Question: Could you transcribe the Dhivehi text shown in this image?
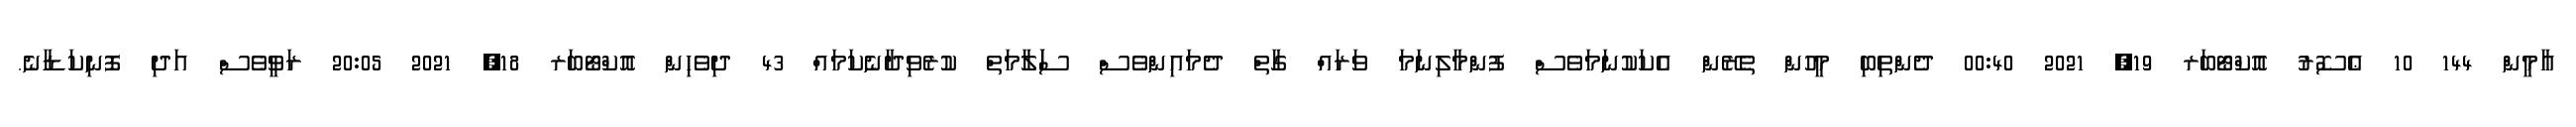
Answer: އާމީން 144 10 ޢެސޮރު އޮކްޓޯބަރ 19, 2021 00:40 ދެންތިބި މީހުން ތެރޭން އެކަކުނަމަވެސް ފުންމާލިނަމަ ވަރައް ގާތް ދެމައިންވެސް ސަަލާމަތް ކުރެވިދާނެކަމައް 43 ދިވެހިން އޮކްޓޯބަރ 18, 2021 20:05 ރަވީވެސް އަދި ފޮނިކަޑާނެ.